Vaccination in Bombay 1869-1873 - 1869-1873
Year: 1869
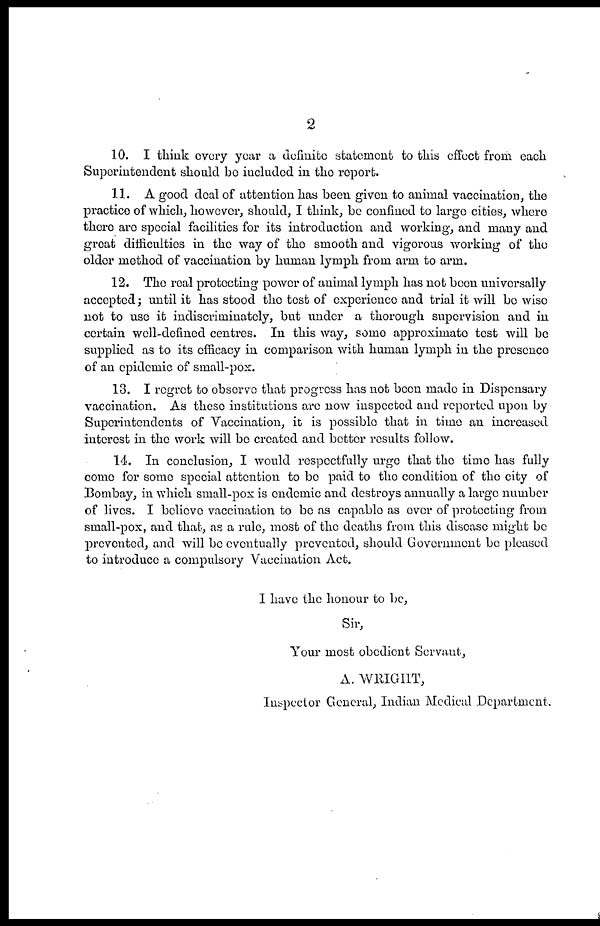
2
10. I think every year a definite statement to this effect from each
Superintendent should be included in the report.
11. A good deal of attention has been given to animal vaccination, the
practice of which, however, should, I think, be confined to large cities, where
there are special facilities for its introduction and working, and many and
great difficulties in the way of the smooth and vigorous working of the
older method of vaccination by human lymph from arm to arm.
12. The real protecting power of animal lymph has not been universally
accepted; until it has stood the test of experience and trial it will be wise
not to use it indiscriminately, but under a thorough supervision and in
certain well-defined centres. In this way, some approximate test will be
supplied as to its efficacy in comparison with human lymph in the presence
of an epidemic of small-pox.
13. I regret to observe that progress has not been made in Dispensary
vaccination. As these institutions are now inspected and reported upon by
Superintendents of Vaccination, it is possible that in time an increased
interest in the work will be created and better results follow.
14. In conclusion, I would respectfully urge that the time has fully
come for some special attention to be paid to the condition of the city of
Bombay, in which small-pox is endemic and destroys annually a large number
of lives. I believe vaccination to be as capable as over of protecting from
small-pox, and that, as a rule, most of the deaths from this disease might be
prevented, and will be eventually prevented, should Government be pleased
to introduce a compulsory Vaccination Act.
I have the honour to be,
Sir,
Your most obedient Servant,
A. WRIGHT,
Inspector General, Indian Medical Department.